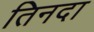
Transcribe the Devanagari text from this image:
तिनदा